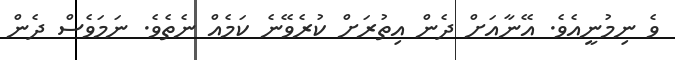
ވެ ނިމުނީއެވެ. އޭނާއަށް ދެން އިތުރަށް ކުރެވޭނެ ކަމެއް ނެތެވެ. ނަމަވެސް ދެން